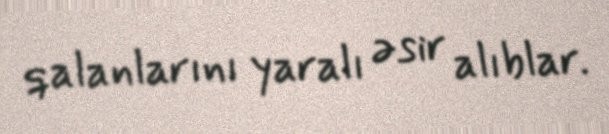
qalanlarını yaralı əsir alıblar.